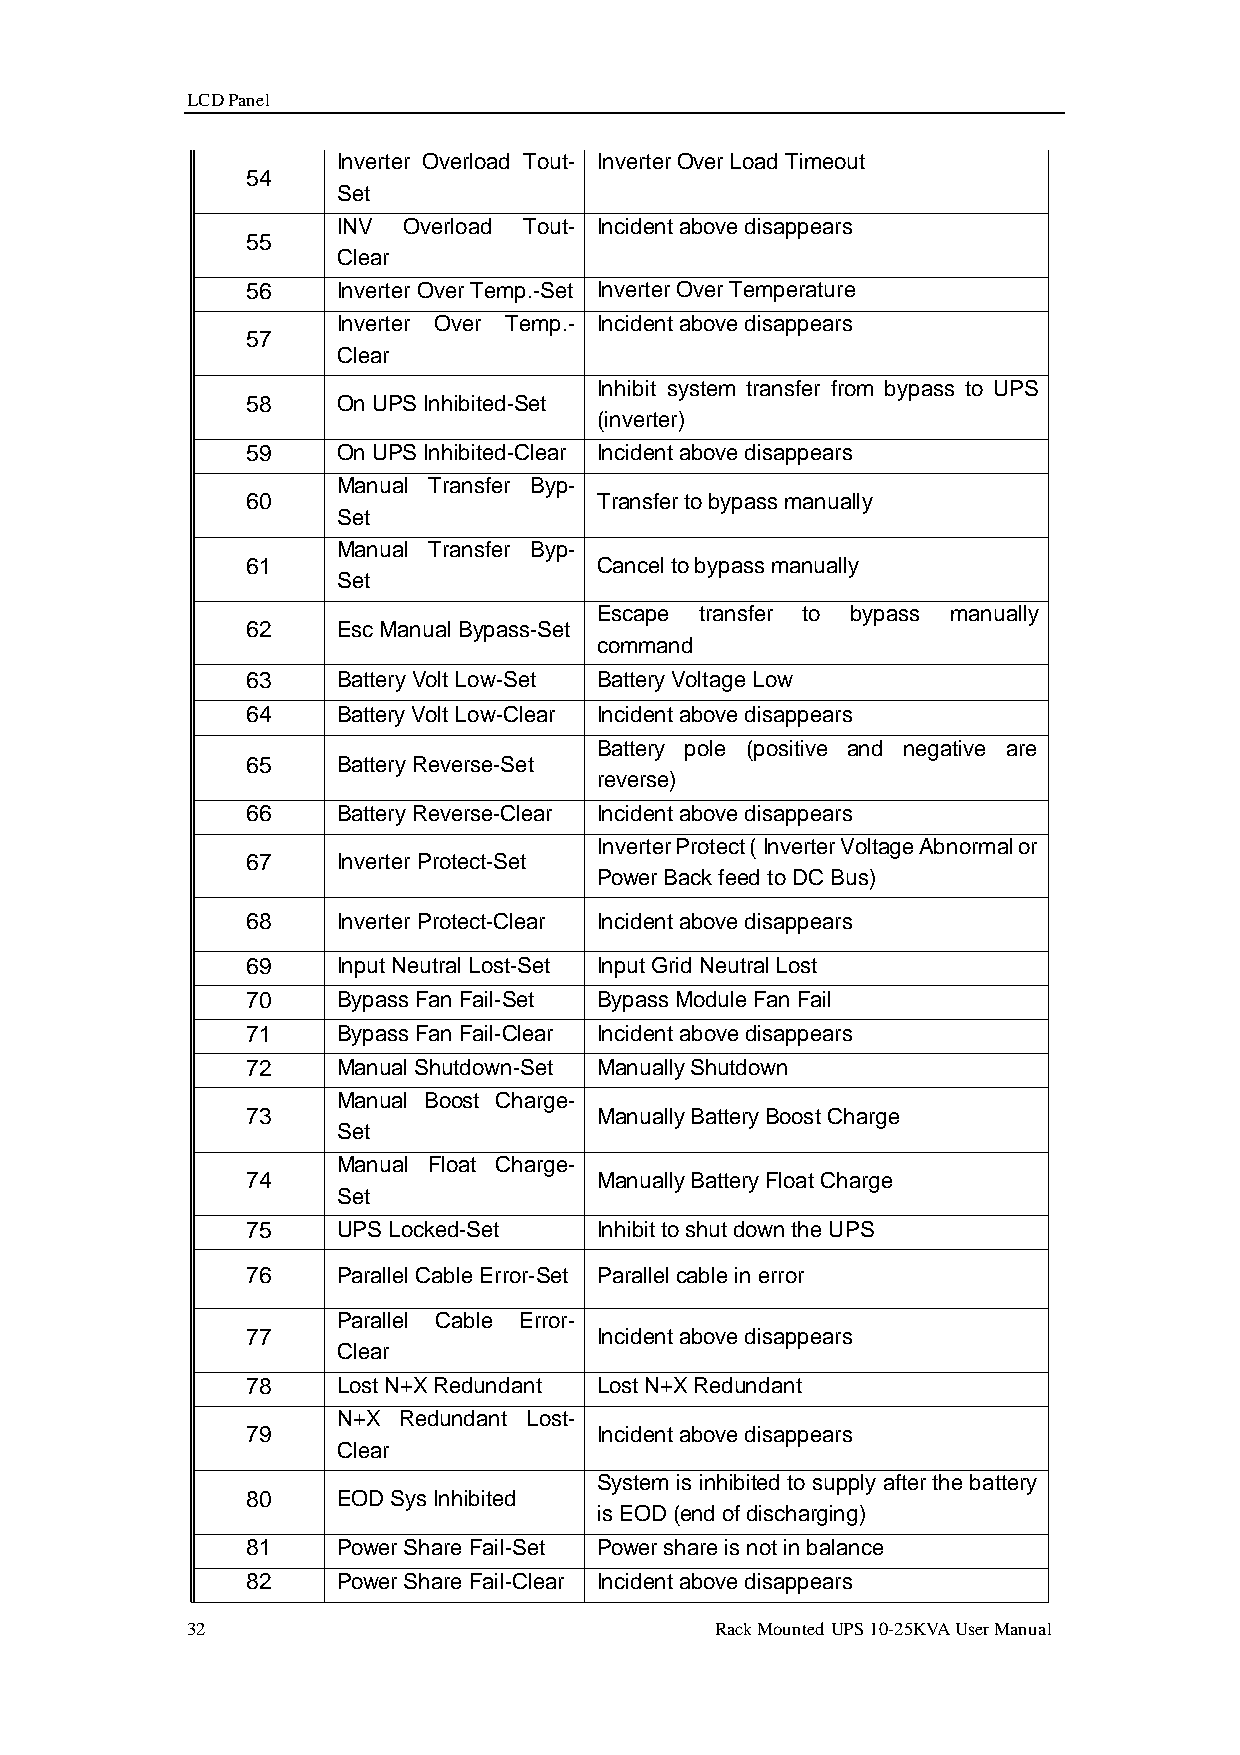
LCD Panel
 Inverter Overload Tout- Inverter Over Load Timeout
 54
 Set
 INV  Overload Tout- Incident above disappears
 55
 Clear
 56    Inverter Over Temp.-Set Inverter Over Temperature
 Inverter Over Temp.- Incident above disappears
 57
 Clear
 Inhibit system transfer from bypass to UPS
 58    On UPS Inhibited-Set
 (inverter)
 59    On UPS Inhibited-Clear Incident above disappears
 Manual Transfer Byp-
 60                      Transfer to bypass manually
 Set
 Manual Transfer Byp-
 61                      Cancel to bypass manually
 Set
 Escape transfer to bypass manually
 62    Esc Manual Bypass-Set
 command
 63    Battery Volt Low-Set Battery Voltage Low
 64    Battery Volt Low-Clear Incident above disappears
 Battery pole (positive and negative are
 65    Battery Reverse-Set
 reverse)
 66    Battery Reverse-Clear Incident above disappears
 Inverter Protect ( Inverter Voltage Abnormal or
 67    Inverter Protect-Set
 Power Back feed to DC Bus)
 68    Inverter Protect-Clear Incident above disappears
 69    Input Neutral Lost-Set Input Grid Neutral Lost
 70    Bypass Fan Fail-Set Bypass Module Fan Fail
 71    Bypass Fan Fail-Clear Incident above disappears
 72    Manual Shutdown-Set Manually Shutdown
 Manual Boost Charge-
 73                      Manually Battery Boost Charge
 Set
 Manual Float Charge-
 74                      Manually Battery Float Charge
 Set
 75    UPS Locked-Set    Inhibit to shut down the UPS
 76    Parallel Cable Error-Set Parallel cable in error
 Parallel Cable Error-
 77                      Incident above disappears
 Clear
 78    Lost N+X Redundant Lost N+X Redundant
 N+X Redundant Lost-
 79                      Incident above disappears
 Clear
 System is inhibited to supply after the battery
 80    EOD Sys Inhibited
 is EOD (end of discharging)
 81    Power Share Fail-Set Power share is not in balance
 82    Power Share Fail-Clear Incident above disappears
 32                                 Rack Mounted UPS 10-25KVA User Manual